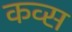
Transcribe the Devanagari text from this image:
कव्स